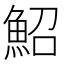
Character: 鮉